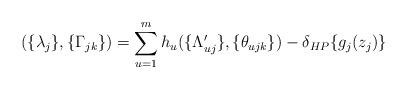
LaTeX: \begin{align*}(\{\lambda_j\},\{\Gamma_{jk}\})=\sum_{u=1}^m h_u(\{\Lambda'_{uj}\}, \{\theta_{ujk}\})-\delta_{HP}\{g_j(z_j)\}\end{align*}